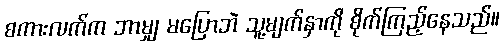
စကားလက်က ဘာမျှ မပြောဘဲ သူ့မျက်နှာကို စိုက်ကြည့်နေသည်။